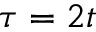
\tau = 2 t